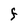
Character: F